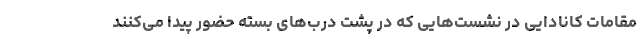
مقامات کانادایی در نشست‌هایی که در پشت درب‌های بسته حضور پیدا می‌کنند